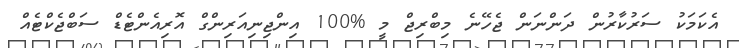
އެކަމަކު ސަރުކާރުން ދަންނަން ޖެހޭނެ މިބްރިޖް މީ %100 އިންޖިނިއަރިންގް އޮރިއެންޓެޑް ސަބްޖެކްޓެއް